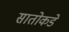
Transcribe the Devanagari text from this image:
सातोकडे